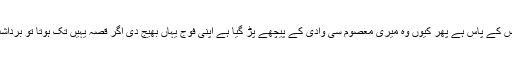
لیکن یہ کیا ہماری انتہائی خواہش کے باوجود بھارت ہمیں چھوڑنے پہ راضی ہی نہیں اتنی بڑی ریاست اس کے پاس ہے پھر کیوں وہ میری معصوم سی وادی کے پیچھے پڑ گیا ہے اپنی فوج یہاں بھیج دی اگر قصہ یہیں تک ہوتا تو برداشت کرلیتے لیکن میری آنکھوں نے تو وہ کچھ دیکھنا شروع کردیا جو کوئی دیکھے تو لہو کے آنسو روئے۔